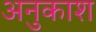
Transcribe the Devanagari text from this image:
अनुकाश